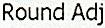
ROUND ADJ